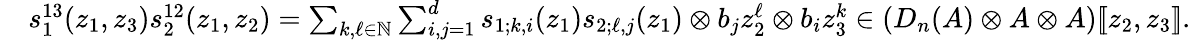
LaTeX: \begin{array}{rl}&{s_{1}^{13}(z_{1},z_{3})s_{2}^{12}(z_{1},z_{2})=\sum_{k,\ell\in\mathbb{N}}\sum_{i,j=1}^{d}s_{1;k,i}(z_{1})s_{2;\ell,j}(z_{1})\otimes b_{j}z_{2}^{\ell}\otimes b_{i}z_{3}^{k}\in(D_{n}(A)\otimes A\otimes A)[\! [z_{2},z_{3}]\! ].}\end{array}